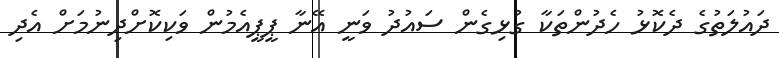
ދައުލަތުގެ ދެކޮޅު ހެދުންތަކާ ގުޅިގެން ސައުދު ވަނީ އޭނާ ޕީޕީއެމުން ވަކިކޮށްދިނުމަށް އެދި